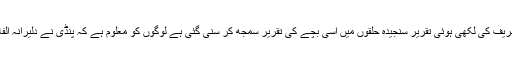
میاں نواز شریف کی لکھی ہوئی تقریر سنجیدہ حلقوں میں اسی بچے کی تقریر سمجھ کر سنی گئی ہے لوگوں کو معلوم ہے کہ پنڈی نے دلیرانہ الفاظ دئے ہیں۔